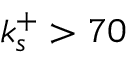
k _ { s } ^ { + } > 7 0